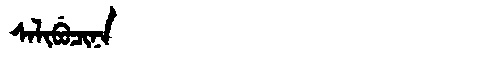
Manchu: ᠰᠠᠯᡳᠪᡠᠴᡳᠨᠠ
Romanization: SALIBUCINA